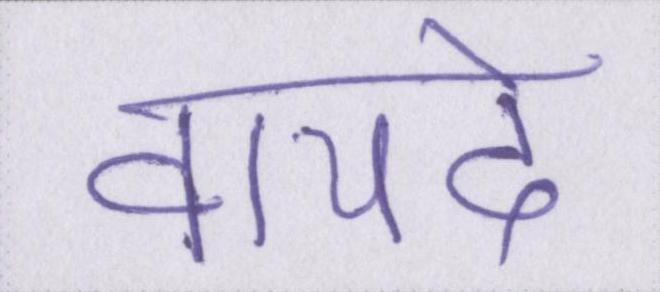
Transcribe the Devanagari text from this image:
वायदे